Vaccination Hyderabad 1872-1889 - 1872-1889
Year: 1872
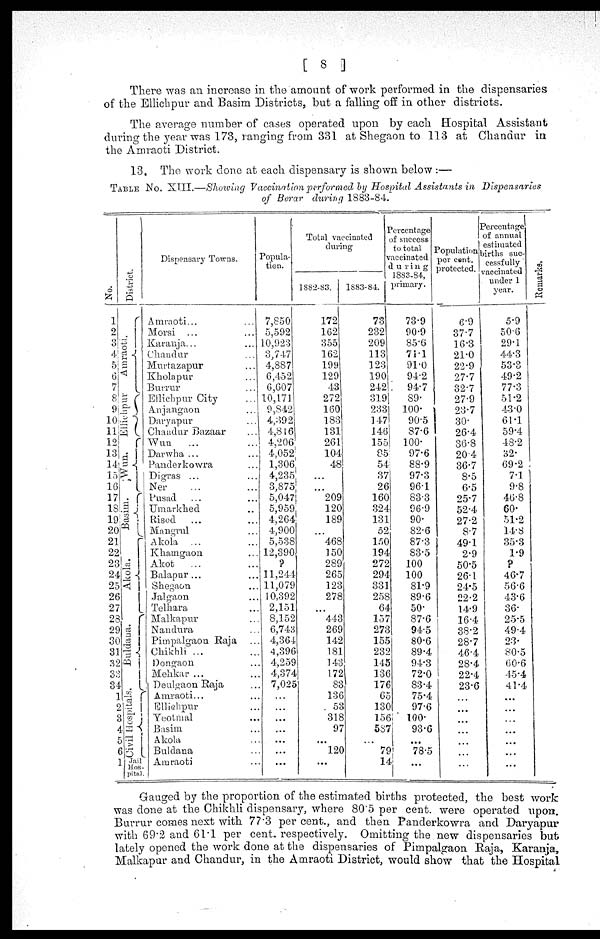
[ 8 ]
There was an increase in the amount of work performed in the dispensaries
of the Ellichpur and Basim Districts, but a falling off in other districts.
The average number of cases operated upon by each Hospital Assistant
during the year was 173, ranging from 331 at Shegaon to 113 at Chandur in
the Amraoti District.
13. The work done at each dispensary is shown below :—
TABLE NO. XIII.—Showing Vaccination performed by Hospital Assistants in Dispensaries
of Berar during 1883-84.
No.
1
2
3
4
5
6
7
8
9
10
11
12
13
14
15
16
17
18
19
20
21
22
23
24
25
26
27
28
29
30
31
32
33
34
1
2
3
4
5
6 1
District.
Amraoti.
Ellichipur
Wun.
Basim.
Akola.
Buldana.
Civil Hospitals.
Jail
Hos-
pital.
Dispensary Towns.
Amraoti... ...
Morsi ... ...
Karanja... ...
Chandur ... ...
Murtazapur ...
Kholapur ...
Burrur ...
Ellichpur City ...
Anjangaon
...
Daryapur ...
Chandur Bazaar ...
Wun
... ...
Darwha ... ...
Panderkowra ...
Digras ... ...
Ner ... ...
Pusad ... ...
Umarkhed ...
Risod ... ...
Mangrul ...
Akola ... ...
Khamgaon ...
Akot
...
Balapur... ...
Shegaon ...
Jalgaon ...
Telhara ...
Malkapur ...
Nandura ...
Pimpalgaon Raja ...
Chikhli ... ...
Dongaon ...
Mehkar ... ...
Deulgaon Raja ...
Amraoti... ...
Ellichpur ...
Yeotmal ...
Basim ...
Akola ...
Buldana ...
Amraoti
Popula-
tion.
7,850
5,592
10,923
3,747
4,887
6,452
6,607
10,171
9,842
4,392
4,816
4,206
4,052
1,306
4,235
3,875
5,047
5,959
4,264
4,900
5,538
12,390
?
11,244
11,079
10,392
2,151
8,152
6,743
4,364
4,396
4,259
4,374
7,025
...
...
...
...
...
...
...
Total vaccinated
during
1882-83.
172
162
355
162
199
129
43
272
160
183
131
261
104
48
...
...
209
120
189
...
468
150
289
265
123
278
...
443
269
142
181
143
172
83
136
53
318
97
...
120
...
1883-84.
73
232
209
113
123
190
242
319
233
147
146
155
85
54
37
26
160
324
131
52
150
194
272
294
331
258
64
157
273
155
232
145
136
176
65
130
156
587
...
79
14
Percentage
of success
to total
vaccinated
during
1883-84,
primary.
73.9
90.9
85.6
71.1
91.0
94.2
94.7
89.
100.
90.5
87.6
100.
97.6
88.9
97.3
96.1
83.3
96.9
90.
82.6
87.3
83.5
100
100
81.9
89.6
50.
87.6
94.5
80.6
89.4
94.3
72.0
83.4
75.4
97.6
100.
93.6
...
78.5
...
Population
per cent.
protected.
6.9
37.7
16.3
21.0
22.9
27.7
32.7
27.9
23.7
30.
26.4
36.8
20.4
36.7
8.5
6.5
25.7
52.4
27.2
8.7
49.1
2.9
50.5
26.1
24.5
22.2
14.9
16.4
38.2
28.7
46.4
28.4
22.4
23.6
...
...
...
...
...
...
...
Percentage
of annual
estimated
births suc-
cessfully
vaccinated
under 1
year.
5.9
50.6
29.1
44.3
53.3
49.2
77.3
51.2
43.0
61.1
59.4
48.2
32.
69.2
7.1
9.8
46.8
60.
51.2
14.8
35.3
1.9
?
46.7
56.6
43.6
36.
25.5
49.4
23.
80.5
60.6
45.4
41.4
...
...
...
...
...
...
...
Remarks.
Gauged by the proportion of the estimated births protected, the best work
was done at the Chikhli dispensary, where 80.5 per cent. were operated upon.
Burrur comes next with 77.3 per cent., and then Panderkowra and Daryapur
with 69.2 and 61.1 per cent. respectively. Omitting the new dispensaries but
lately opened the work done at the dispensaries of Pimpalgaon Raja, Karanja,
Malkapur and Chandur, in the Amraoti District, would show that the Hospital